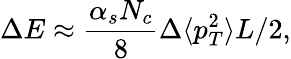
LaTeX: \Delta E\approx{\frac{\alpha_{s}N_{c}}{8}}\Delta\langle p_{T}^{2}\rangle L/2,